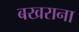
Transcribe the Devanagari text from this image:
बखराना